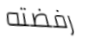
رفضته